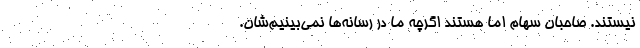
نیستند. صاحبان سهام اما هستند اگرچه ما در رسانه‌ها نمی‌بینیم‌شان.